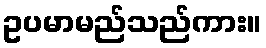
ဥပမာမည်သည်ကား။